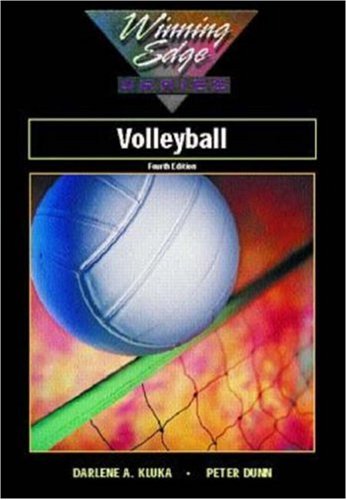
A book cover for Volleyball, Winning Edge Series; Darlene Kluka; Sports & Outdoors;